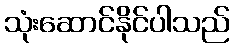
သုံးဆောင်နိုင်ပါသည်